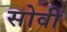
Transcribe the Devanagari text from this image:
सोवी